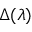
\Delta ( \lambda )